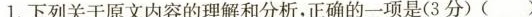
1.下列关于原文内容的理解和分析,正确的一项是(3 分)( )